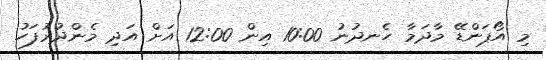
މި އޯޕަންޑޭ މާދަމާ ހެނދުނު 10:00 އިން 12:00 އަށް އަދި މެންދުރުފަހު